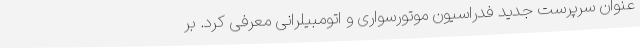
عنوان سرپرست جدید فدراسیون موتورسواری و اتومبیلرانی معرفی کرد. بر